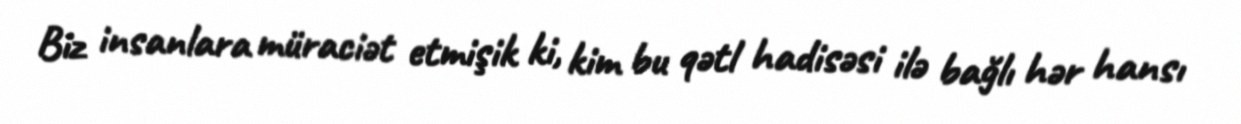
Biz insanlara müraciət etmişik ki, kim bu qətl hadisəsi ilə bağlı hər hansı